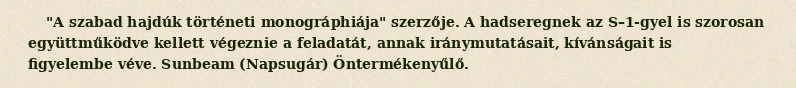
"A szabad hajdúk történeti monográphiája" szerzője. A hadseregnek az S–1-gyel is szorosan együttműködve kellett végeznie a feladatát, annak iránymutatásait, kívánságait is figyelembe véve. Sunbeam (Napsugár) Öntermékenyűlő.